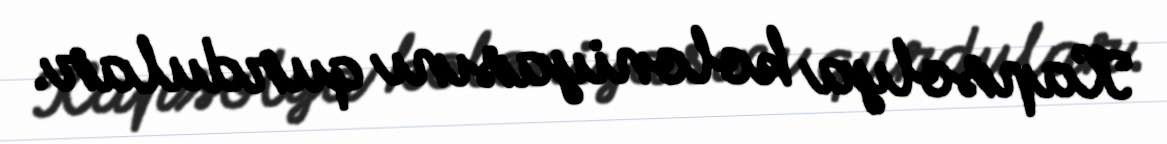
Kapsolya koloniyasını qurdular.